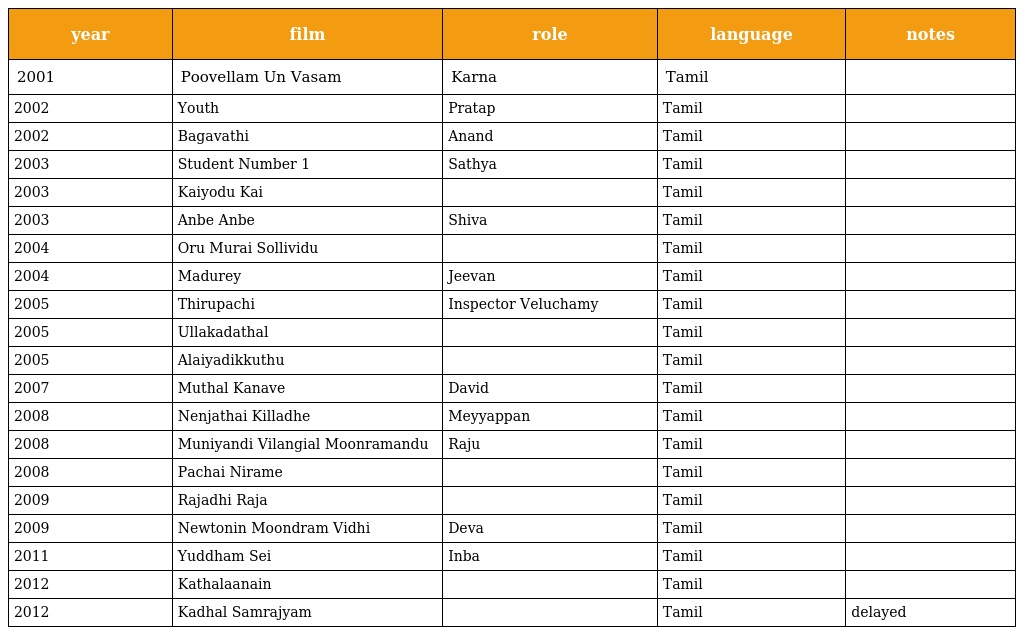
| year | film | role | language | notes |
 | --- | --- | --- | --- | --- |
 | 2001 | Poovellam Un Vasam | Karna | Tamil |  |
 | 2002 | Youth | Pratap | Tamil |  |
 | 2002 | Bagavathi | Anand | Tamil |  |
 | 2003 | Student Number 1 | Sathya | Tamil |  |
 | 2003 | Kaiyodu Kai |  | Tamil |  |
 | 2003 | Anbe Anbe | Shiva | Tamil |  |
 | 2004 | Oru Murai Sollividu |  | Tamil |  |
 | 2004 | Madurey | Jeevan | Tamil |  |
 | 2005 | Thirupachi | Inspector Veluchamy | Tamil |  |
 | 2005 | Ullakadathal |  | Tamil |  |
 | 2005 | Alaiyadikkuthu |  | Tamil |  |
 | 2007 | Muthal Kanave | David | Tamil |  |
 | 2008 | Nenjathai Killadhe | Meyyappan | Tamil |  |
 | 2008 | Muniyandi Vilangial Moonramandu | Raju | Tamil |  |
 | 2008 | Pachai Nirame |  | Tamil |  |
 | 2009 | Rajadhi Raja |  | Tamil |  |
 | 2009 | Newtonin Moondram Vidhi | Deva | Tamil |  |
 | 2011 | Yuddham Sei | Inba | Tamil |  |
 | 2012 | Kathalaanain |  | Tamil |  |
 | 2012 | Kadhal Samrajyam |  | Tamil | delayed |